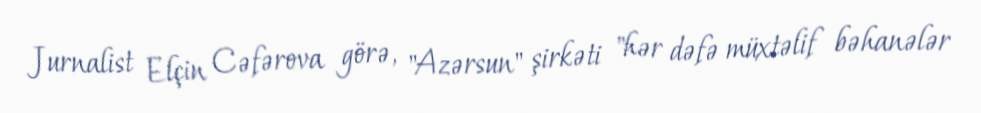
Jurnalist Elçin Cəfərova görə, "Azərsun" şirkəti "hər dəfə müxtəlif bəhanələr